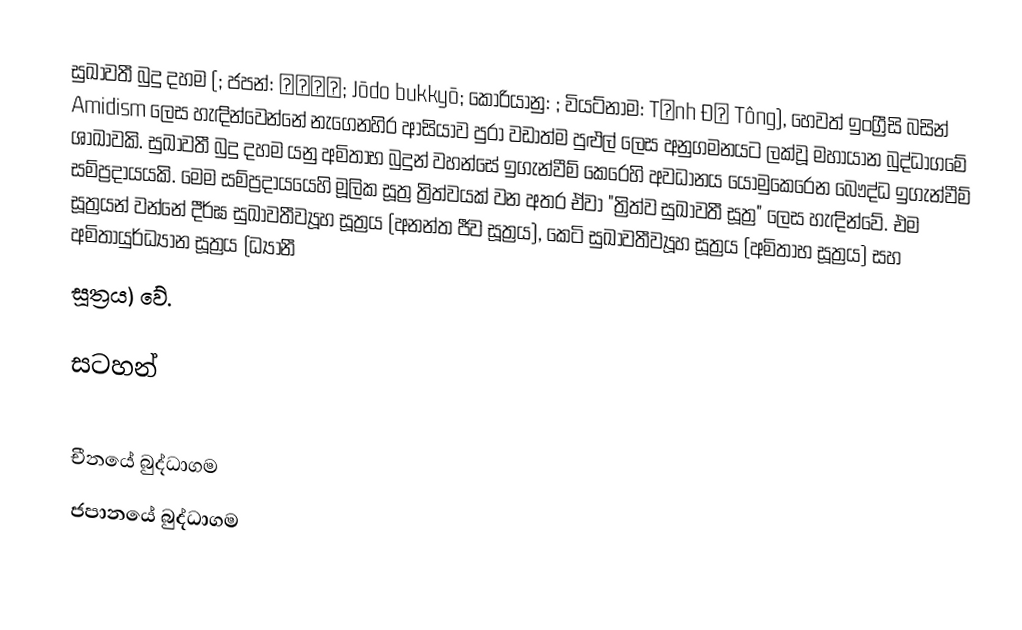
සුඛාවතී බුදු දහම (; ජපන්: 浄土仏教; Jōdo bukkyō; කොරියානු: ; වියට්නාම: Tịnh Độ Tông), හෙවත් ඉංග්‍රීසි බසින් Amidism ලෙස හැඳින්වෙන්නේ නැගෙනහිර ආසියාව පුරා වඩාත්ම පුළුල් ලෙස අනුගමනයට ලක්වූ මහායාන බුද්ධාගමේ ශාඛාවකි. සුඛාවතී බුදු දහම යනු අමිතාභ බුදුන් වහන්සේ ඉගැන්වීම් කෙරෙහි අවධානය යොමුකෙරෙන බෞද්ධ ඉගැන්වීම් සම්ප්‍රදායයකි. මෙම සම්ප්‍රදායයෙහි මූලික සූත්‍ර ත්‍රිත්වයක් වන අතර ඒවා "ත්‍රිත්ව සුඛාවතී සූත්‍ර" ලෙස හැඳින්වේ. එම සූත්‍රයන් වන්නේ දීර්ඝ සුඛාවතීව්‍යූහ සූත්‍රය (අනන්ත ජීව සූත්‍රය), කෙටි සුඛාවතීව්‍යූහ සූත්‍රය (අමිතාභ සූත්‍රය) සහ අමිතායුර්ධ්‍යාන සූත්‍රය (ධ්‍යානී
සූත්‍රය) වේ.

සටහන්

චීනයේ බුද්ධාගම
ජපානයේ බුද්ධාගම